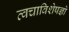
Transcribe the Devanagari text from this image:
त्वचाविशेषज्ञों